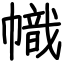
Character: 幟